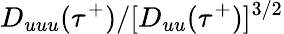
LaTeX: D_{uuu}(\tau^{+})/[D_{uu}(\tau^{+})]^{3/2}